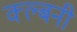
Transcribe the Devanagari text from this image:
क्ल्बनी